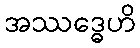
အဿဒ္ဓေဟိ